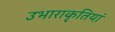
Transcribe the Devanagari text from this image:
उभाराकृतियां